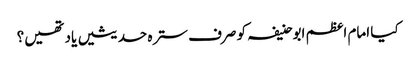
کیا امام اعظم ابوحنیفہ کو صرف سترہ حدیثیں یاد تھیں؟